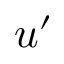
u ^ { \prime }